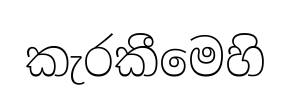
කැරකීමෙහි